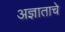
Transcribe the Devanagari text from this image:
अज्ञाताचे